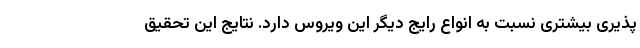
‌پذیری بیشتری نسبت به انواع رایج دیگر این ویروس دارد. نتایج این تحقیق